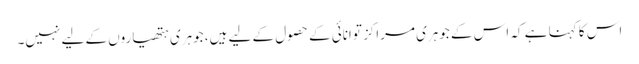
اس کا کہنا ہے کہ اس کے جوہری مراکز توانائی کے حصول کے لیے ہیں، جوہری ہتھیاروں کے لیے نہیں۔